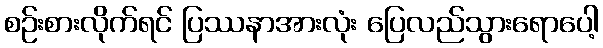
စဉ်းစားလိုက်ရင် ပြဿနာအားလုံး ပြေလည်သွားရောပေါ့